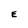
Character: E